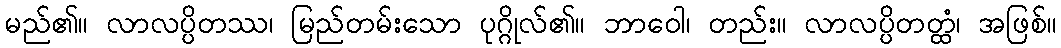
မည်၏။ လာလပ္ပိတဿ၊ မြည်တမ်းသော ပုဂ္ဂိုလ်၏။ ဘာဝေါ၊ တည်း။ လာလပ္ပိတတ္ထံ၊ အဖြစ်။